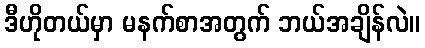
ဒီဟိုတယ်မှာ မနက်စာအတွက် ဘယ်အချိန်လဲ။